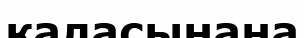
қаласынана